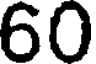
60